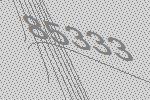
85333